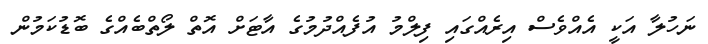
ނަހުލާ އަކީ އެއްވެސް އިރެއްގައި ފިލްމު އުފެއްދުމުގެ އާޓަށް އޮތް ލޯތްބެއްގެ ބޮޑުކަމުން